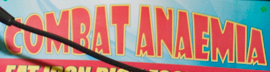
COMBAT ANAEMIA